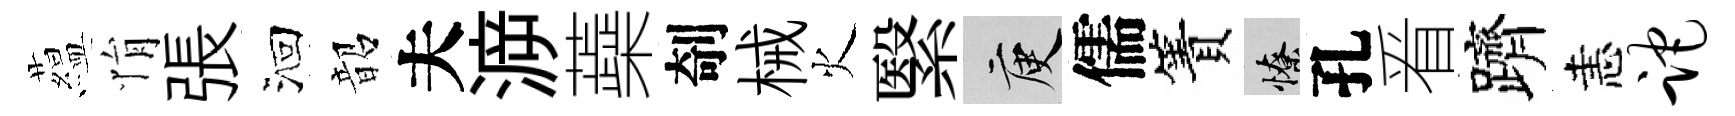
藴悁張洄韶夫㴑蘃剞械火繄庾儒簀憭孔㸔躋恚跎